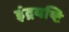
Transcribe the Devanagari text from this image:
इंद्रयष्टि